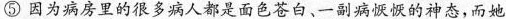
⑤ 因为病房里的很多病人都是面色苍白、一副病恹恹的神态，而她